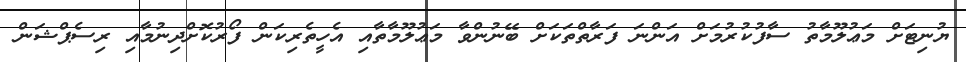
ޔުނިޓަށް މަޢުލޫމާތު ސާފުކުރުމަށް އަންނަ ފަރާތްތަކަށް ބޭނުންވާ މަޢުލޫމާތާއި އެހީތެރިކަން ފޯރުކޮށްދިނުމާއި ރިސެޕްޝަން